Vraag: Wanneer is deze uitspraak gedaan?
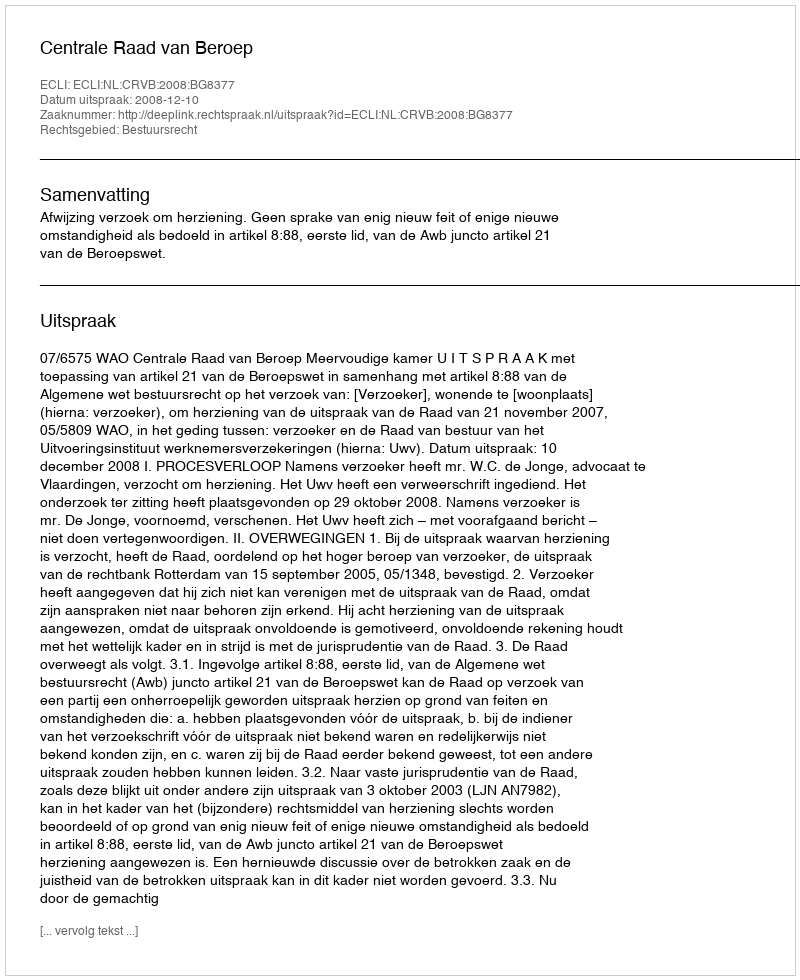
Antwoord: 2008-12-10